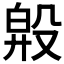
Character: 𣪞